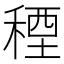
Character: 𮃓